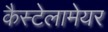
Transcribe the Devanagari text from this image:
कैस्टेलामेयर